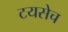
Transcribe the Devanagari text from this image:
टयसेच